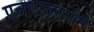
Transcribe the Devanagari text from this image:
एनएसएएम